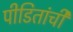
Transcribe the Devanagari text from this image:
पीडितांची